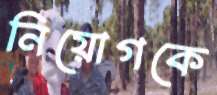
নিয়োগকে